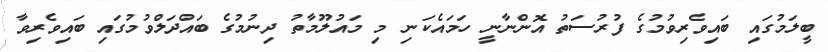
ބީލަމުގައި ބައިވެރިވުމުގެ ފުރުސަތު އޮންނާނީ ހަމައެކަނި މި މައުލޫމާތު ދިނުމުގެ ބައްދަލްވުމުގައި ބައިވެރިވާ